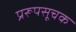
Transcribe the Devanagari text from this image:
प्ररूपसूचक